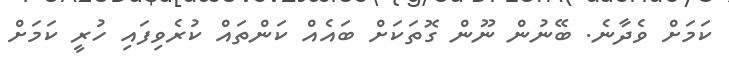
ކަމަށް ވެދާނެ. ބޭނުން ނޫން ގޮތަކަށް ބައެއް ކަންތައް ކުރެވިފައި ހުރީ ކަމަށް